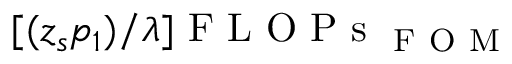
[ ( z _ { s } p _ { 1 } ) / { \lambda } ] \mathrm { ~ F ~ L ~ O ~ P ~ s ~ } _ { \mathrm { ~ F ~ O ~ M ~ } }